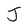
Character: J